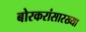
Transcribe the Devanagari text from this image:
बोरकरांसारख्या